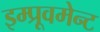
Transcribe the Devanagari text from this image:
इम्प्रूवमेन्ट